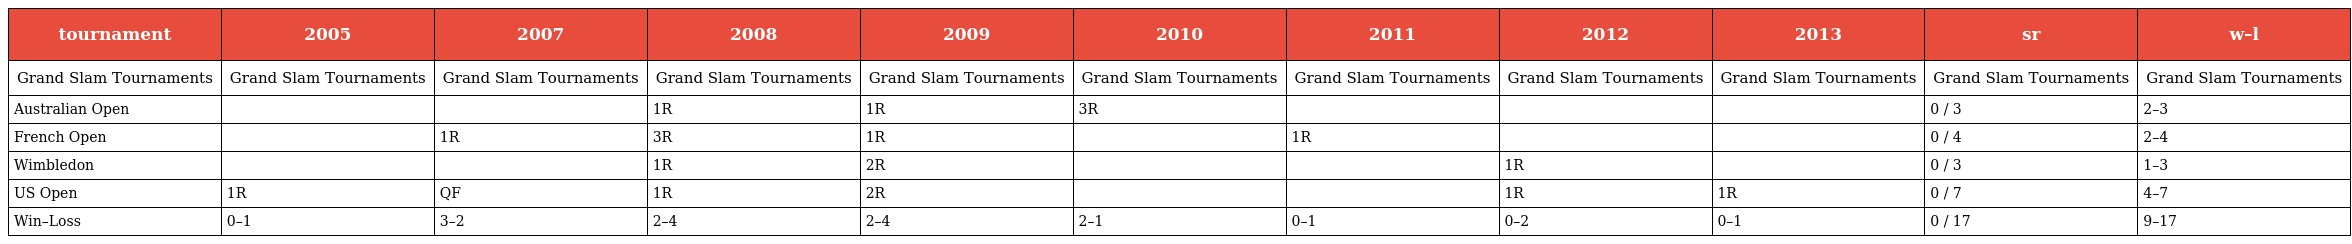
| tournament | 2005 | 2007 | 2008 | 2009 | 2010 | 2011 | 2012 | 2013 | sr | w–l |
 | --- | --- | --- | --- | --- | --- | --- | --- | --- | --- | --- |
 | Grand Slam Tournaments | Grand Slam Tournaments | Grand Slam Tournaments | Grand Slam Tournaments | Grand Slam Tournaments | Grand Slam Tournaments | Grand Slam Tournaments | Grand Slam Tournaments | Grand Slam Tournaments | Grand Slam Tournaments | Grand Slam Tournaments |
 | Australian Open |  |  | 1R | 1R | 3R |  |  |  | 0 / 3 | 2–3 |
 | French Open |  | 1R | 3R | 1R |  | 1R |  |  | 0 / 4 | 2–4 |
 | Wimbledon |  |  | 1R | 2R |  |  | 1R |  | 0 / 3 | 1–3 |
 | US Open | 1R | QF | 1R | 2R |  |  | 1R | 1R | 0 / 7 | 4–7 |
 | Win–Loss | 0–1 | 3–2 | 2–4 | 2–4 | 2–1 | 0–1 | 0–2 | 0–1 | 0 / 17 | 9–17 |